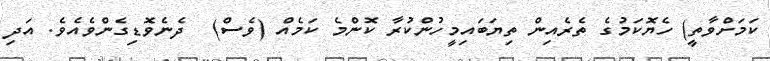
ކަމަށްވާތީ) ހެޔޮކަމުގެ ތެރެއިން ތިޔަބައިމީހުންކުރާ ކޮންމެ ކަމެއް (ވެސް)  ދެނެވޮޑިގެންވެއެވެ. އަދި